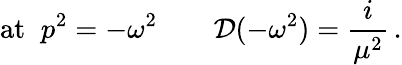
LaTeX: \mathrm{at}\; \; p^{2}=-\omega^{2}\qquad{\cal D}(-\omega^{2})=\frac{i}{\mu^{2}}\, .